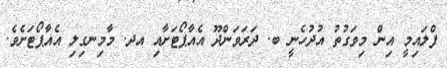
ފްލައިމީ އިން މިވަގުތު އުދުހެނީ ބ. ދަރަވަންދޫ އެއާޕޯޓަށާއި އދ. މާމިނގިލި އެއާޕޯޓަށެވެ.